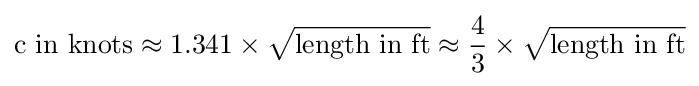
{\mbox{c in knots}}\approx 1.341\times {\sqrt {\mbox{length in ft}}}\approx {\frac {4}{3}}\times {\sqrt {\mbox{length in ft}}}